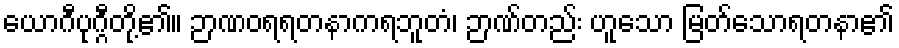
ယောဂီပုဂ္ဂီတို့၏။ ဉာဏဝရရတနာကရဘူတံ၊ ဉာဏ်တည်း ဟူသော မြတ်သောရတနာ၏